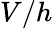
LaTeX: V/h